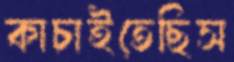
কাচাইতেছিস